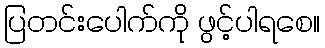
ပြတင်းပေါက်ကို ဖွင့်ပါရစေ။